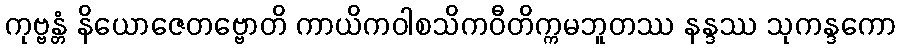
ကုဗ္ဗန္တံ နိယောဇေတဗ္ဗောတိ ကာယိကဝါစသိကဝီတိက္ကမဘူတဿ နန္ဒဿ သုကန္ဒကော